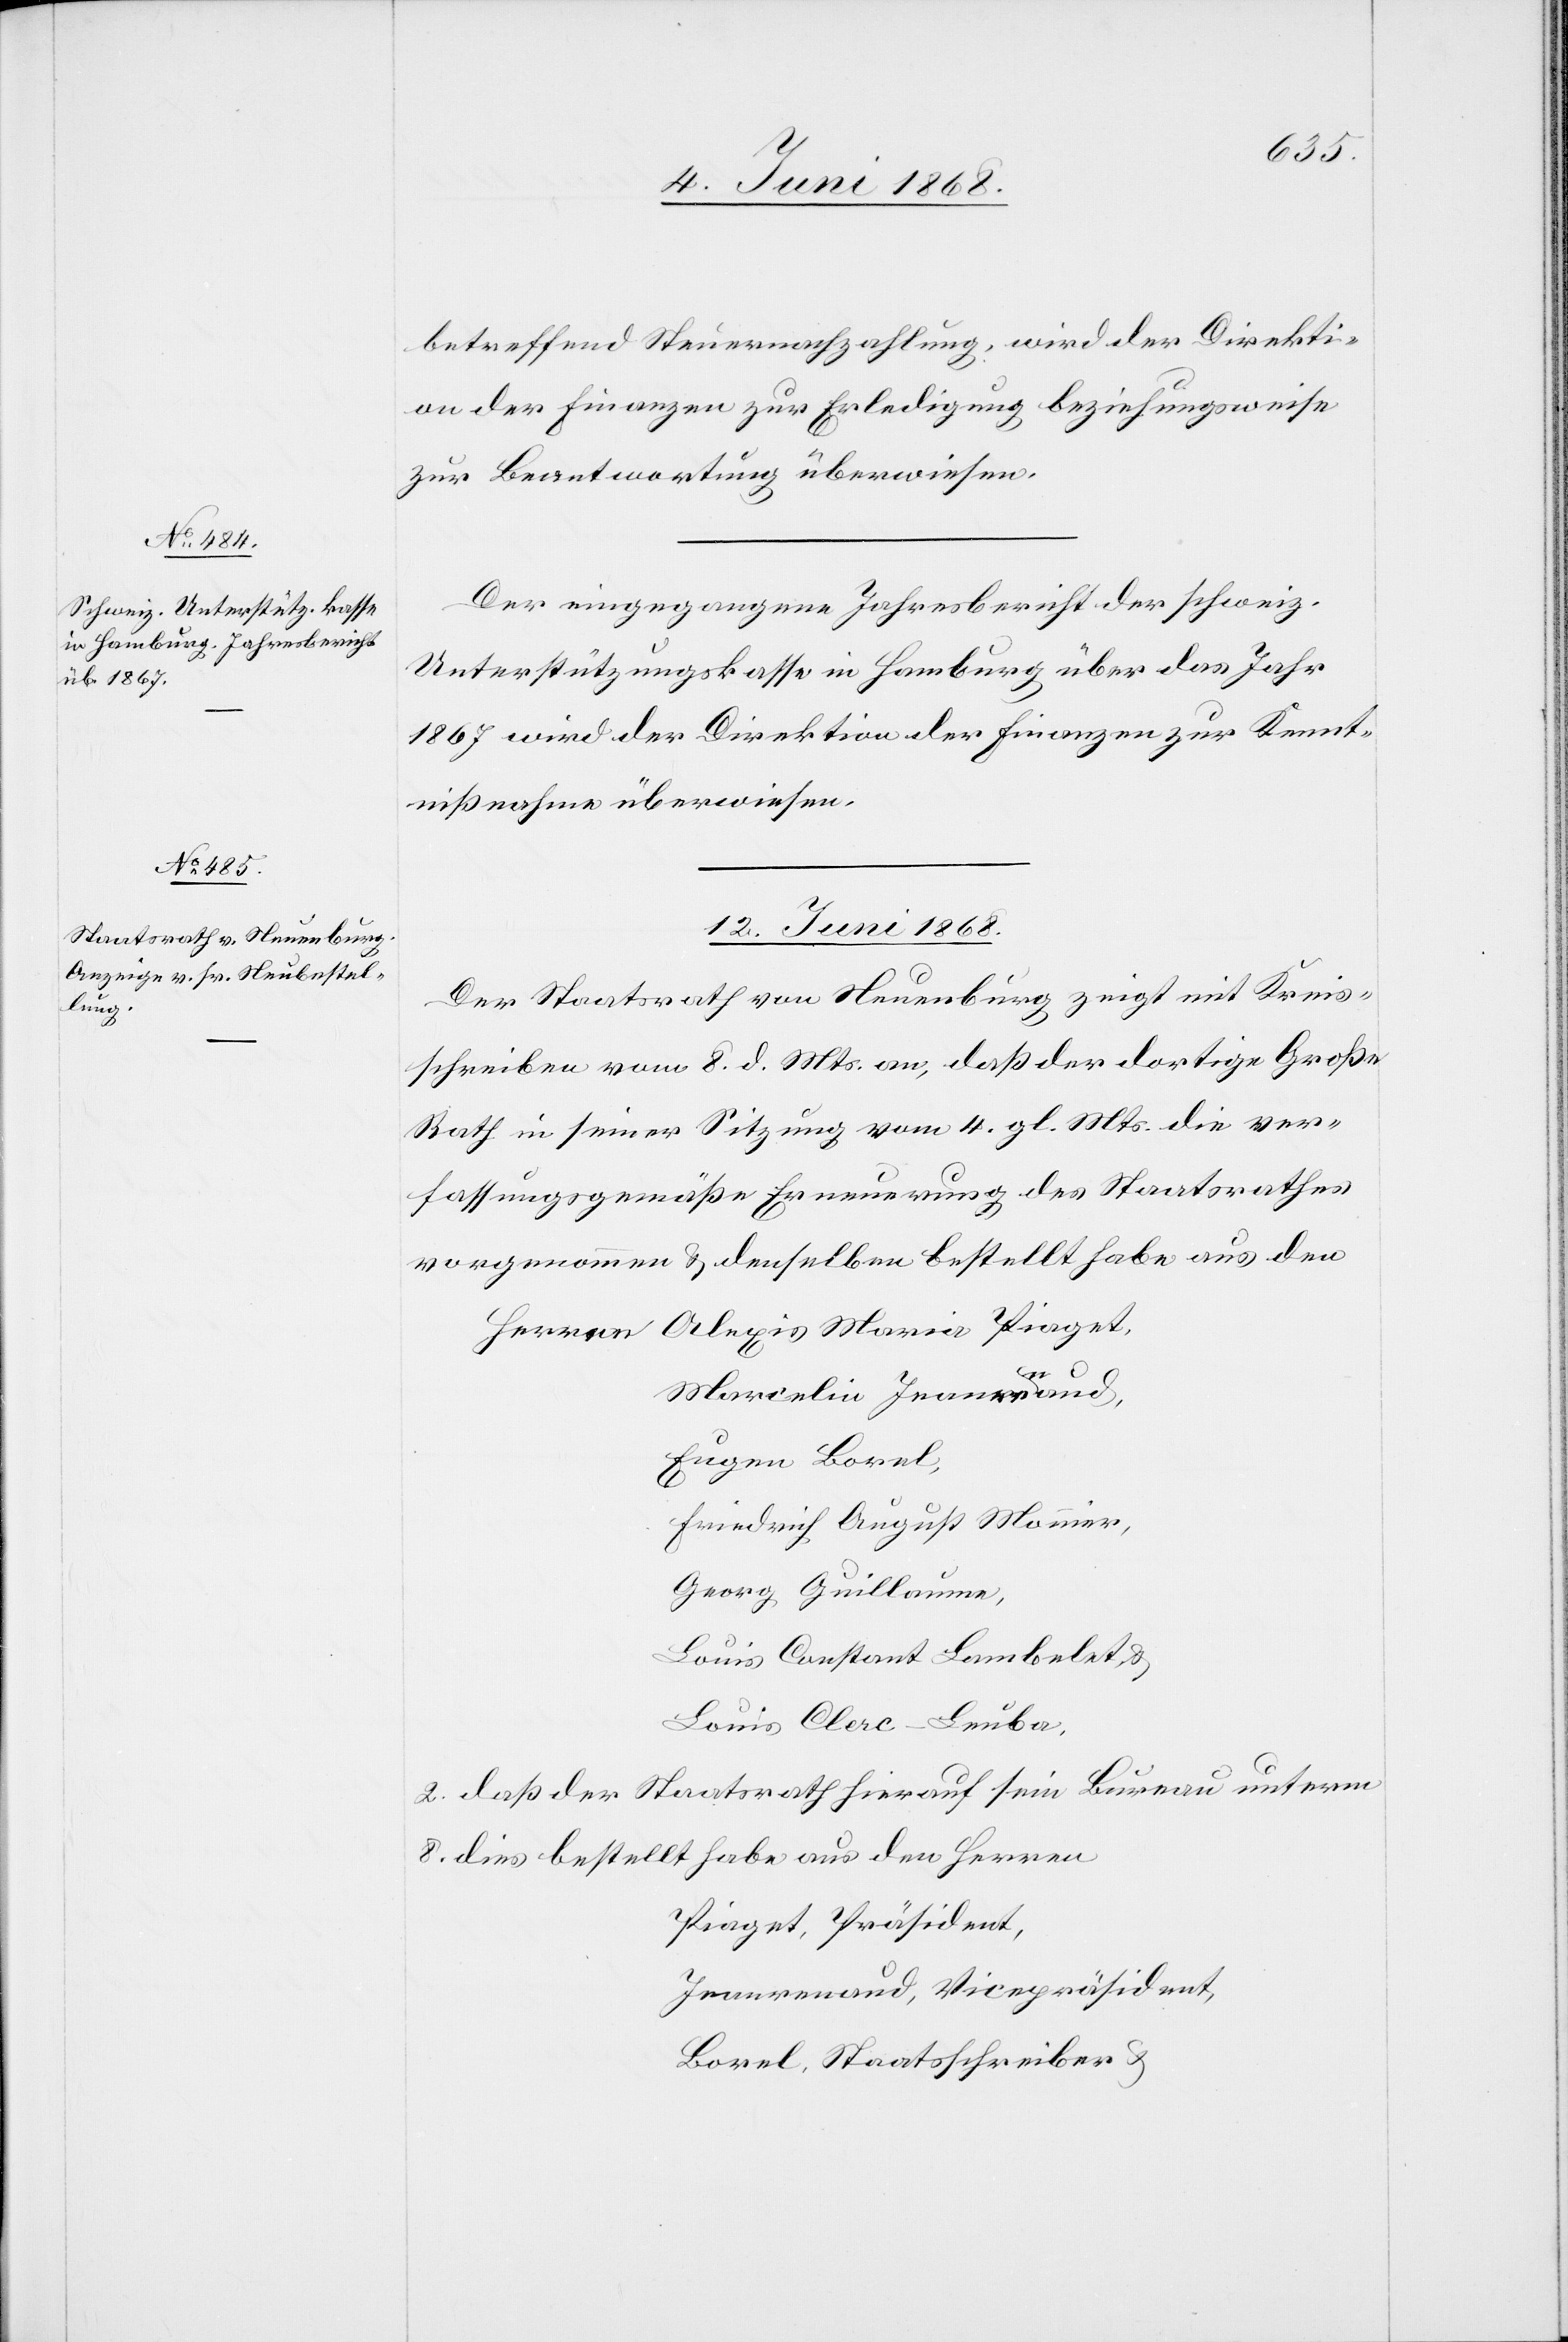
betreffend Steuernachzahlung, wird der Direkti¬
on der Finanzen zur Erledigung beziehungsweise
zur Beantwortung überwiesen.
Der eingegangene Jahresbericht der schweiz.
Unterstützungskasse in Hamburg über das Jahr
1867 wird der Direktion der Finanzen zur Kennt¬
nißnahme überwiesen.
12. Juni 1868.
Der Staatsrath von Neuenburg zeigt mit Kreis¬
schreiben vom 8. d. Mts. an, [1.] daß der dortige Große
Rath in seiner Sitzung vom 4. gl. Mts. die ver¬
fassungsgemäße Erneuerung des Staatsrathes
vorgenommen & denselben bestellt habe aus den
Marcelin Jeanrenaud,
Eugen Borel,
Friedrich August Monnier,
Georg Guillaume,
Louis Constant Lambelet, &
Louis Clerc-Leuba.
2. daß der Staatsrath hierauf sein Bureau unterm
8. dies bestellt habe aus den Herren
Piaget, Präsident,
Jeanrenaud, Vicepräsident,
Borel, Staatsschreiber &